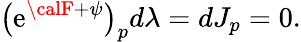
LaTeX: \big(\mathrm{e}^{\calF+\psi}\big)_{p}d\lambda=dJ_{p}=0.